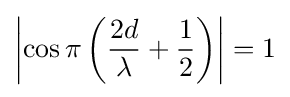
\left|\cos \pi \left({2d \over \lambda }+{1 \over 2}\right)\right|=1